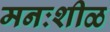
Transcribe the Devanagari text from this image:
मनःशीळ